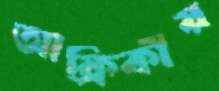
আফ্রিকীয়